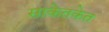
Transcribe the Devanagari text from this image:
साकेतकेत